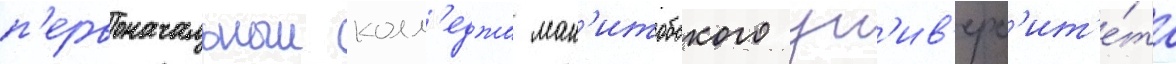
п'ервоначальныи колл'еджа ман'итобского ун'ив'ерс'ит'е́та